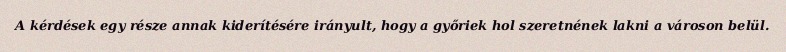
A kérdések egy része annak kiderítésére irányult, hogy a győriek hol szeretnének lakni a városon belül.